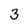
Character: 3